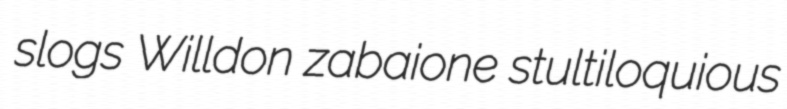
slogs Willdon zabaione stultiloquious